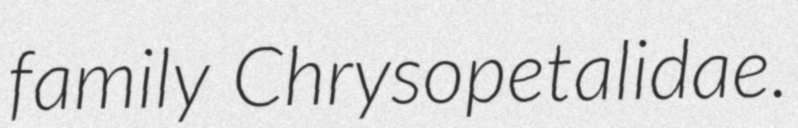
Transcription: family Chrysopetalidae.